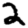
Digit: 2